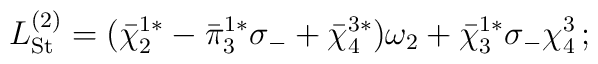
L_{\rm St}^{(2)} = ({\bar\chi}_2^{1*}  - {\bar\pi}_3^{1*} \sigma_-  + {\bar\chi}_4^{3*}) \omega_2 + {\bar\chi}_3^{1*} \sigma_-\chi_4^3 \, ;